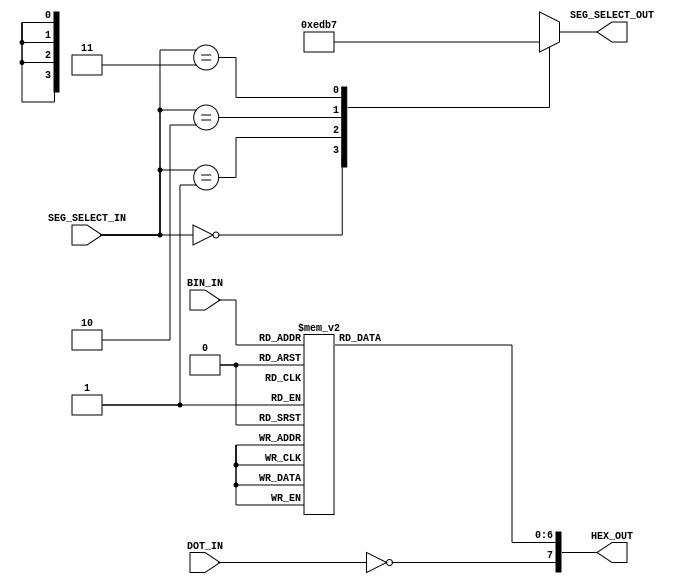
`timescale 1ns / 1ps
////////////////////////////////////////////////////////////////////////////////
// Company:			UoE
// Engineer:		
// 
// Design Name:		PS/2 Demo
// Module Name:		seg7decoder
// Project Name:	PS/2 Demo
// Target Devices:	Digilent Basys2 100K
// Tool versions:	Xilinx ISE WebPack 14.2
// Description:		A decoder for the Basys2's 4-digit 7-segment display
//
// Dependencies:	none
//
// Revision: 
//		Revision 1		-	Implementation complete
// 		Revision 0.01	-	File Created
// Additional Comments: 
//	Interface:
//		SEG_SELECT_IN:	Select line for which of the digits to
//					operate
//		BIN_IN:		Input data in BNN format.
//		DOT_IN:		Input bit for the decimal point segment.
//		SEG_SELECT_OUT:	4-bit positional code; selects one of the 4
//					anodes of the display
//		HEX_OUT:	Display control signals. Determines the symbol
//					to be outputted.
////////////////////////////////////////////////////////////////////////////////
module seg7decoder(
		input		[1:0]	SEG_SELECT_IN,
		input		[3:0]	BIN_IN,
		input				DOT_IN,
		output	reg	[3:0]	SEG_SELECT_OUT,
		output	reg	[7:0]	HEX_OUT
	);

	always@(BIN_IN) begin
		case(BIN_IN)
			4'b0000:	HEX_OUT[6:0] <= 7'b1000000; // 0
			4'b0001:	HEX_OUT[6:0] <= 7'b1111001; // 1
			4'b0010:	HEX_OUT[6:0] <= 7'b0100100; // 2
			4'b0011:	HEX_OUT[6:0] <= 7'b0110000; // 3
			
			4'b0100:	HEX_OUT[6:0] <= 7'b0011001; // 4
			4'b0101:	HEX_OUT[6:0] <= 7'b0010010; // 5
			4'b0110:	HEX_OUT[6:0] <= 7'b0000010; // 6
			4'b0111:	HEX_OUT[6:0] <= 7'b1111000; // 7
			
			4'b1000:	HEX_OUT[6:0] <= 7'b0000000; // 8
			4'b1001:	HEX_OUT[6:0] <= 7'b0011000; // 9
			4'b1010:	HEX_OUT[6:0] <= 7'b0001000; // A
			4'b1011:	HEX_OUT[6:0] <= 7'b0000011; // B
			
			4'b1100:	HEX_OUT[6:0] <= 7'b1000110; // C
			4'b1101:	HEX_OUT[6:0] <= 7'b0100001; // D
			4'b1110:	HEX_OUT[6:0] <= 7'b0000110; // E
			4'b1111:	HEX_OUT[6:0] <= 7'b0001110; // F
			
			default:	HEX_OUT[6:0] <= 7'b1111111; // off
		endcase
	end
	
	always@(DOT_IN) begin
		HEX_OUT[7] <= ~DOT_IN;
	end
	
	always@(SEG_SELECT_IN) begin
		case(SEG_SELECT_IN)
			2'b00:		SEG_SELECT_OUT <= 4'b1110; // rightmost
			2'b01:		SEG_SELECT_OUT <= 4'b1101;
			2'b10:		SEG_SELECT_OUT <= 4'b1011;
			2'b11:		SEG_SELECT_OUT <= 4'b0111; // leftmost
			default:	SEG_SELECT_OUT <= 4'b1111; // all off
		endcase
	end

endmodule